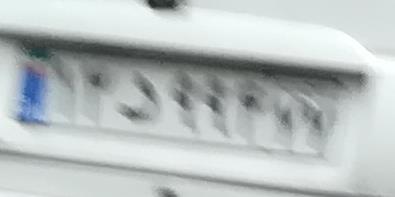
۱۴د۹۹۴۷۷